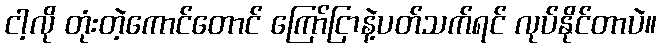
ငါ့လို တုံးတဲ့ကောင်တောင် ကြော်ငြာနဲ့ပတ်သက်ရင် လုပ်နိုင်တာပဲ။